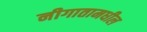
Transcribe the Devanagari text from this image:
नीगातामधील